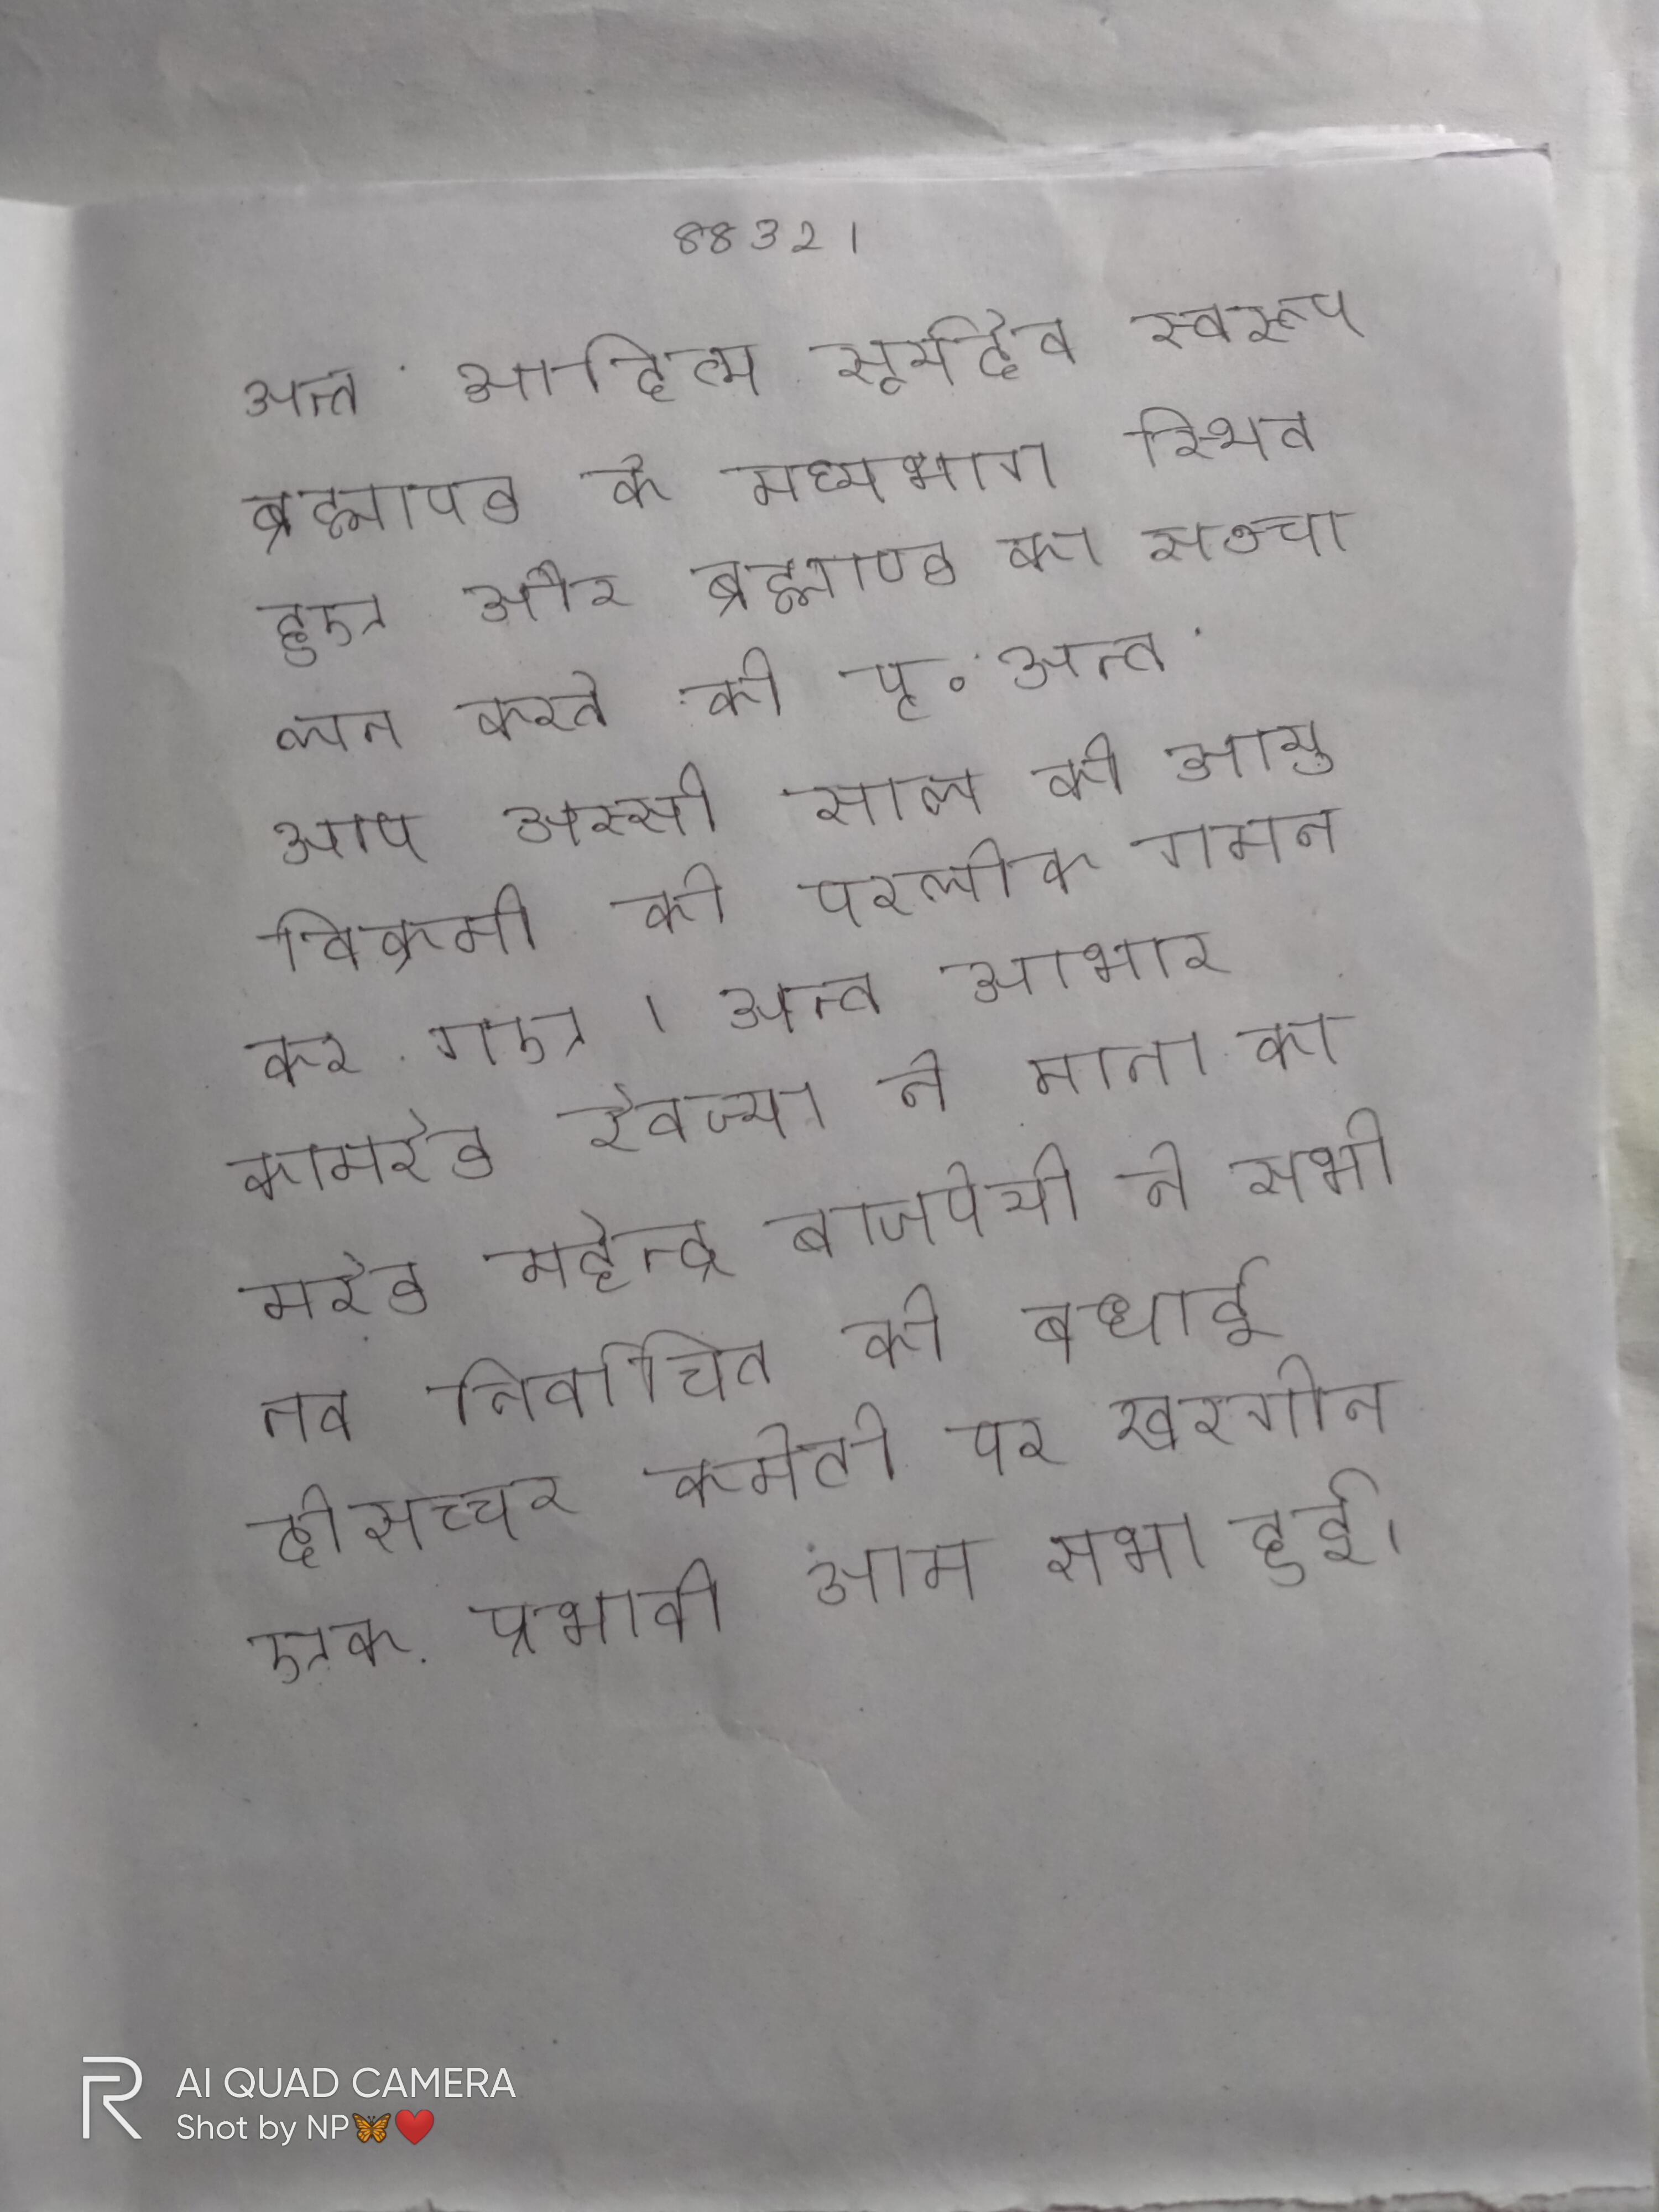
अन्त आदित्य सूर्यदेव स्वरूप ब्रह्माण्ड के मध्यभाग स्थित हुए और ब्रह्माण्ड का सञ्चालन करते की पृ . अन्त आप अस्सी साल की आयु विक्रमी को परलोक गमन कर गए । अन्त आभार कामरेड रेवज्या ने माना कामरेड महेन्द्र बाजपेयी ने सभी नव निर्वाचित को बधाई दीसच्चर कमेटी पर खरगोन एक प्रभावी आम सभा हुई ।